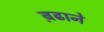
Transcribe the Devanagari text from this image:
ब़ढाने